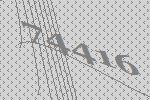
74416